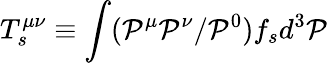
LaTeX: T_{s}^{\mu\nu}\equiv\int(\mathcal{P}^{\mu}\mathcal{P}^{\nu}/\mathcal{P}^{0})f_{s}d^{3}\mathcal{P}